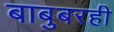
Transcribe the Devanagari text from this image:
बाबुबरही